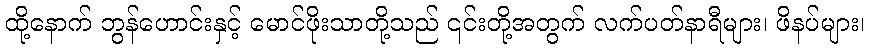
ထို့နောက် ဘွန်ဟောင်းနှင့် မောင်ဖိုးသာတို့သည် ၎င်းတို့အတွက် လက်ပတ်နာရီများ၊ ဖိနပ်များ၊